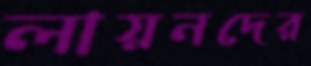
লায়নদের